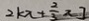
2 k x + \frac { 2 } { 3 } x ]